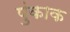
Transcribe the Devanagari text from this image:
पुंकाक